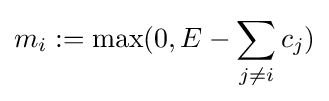
m_{i}:=\max(0,E-\sum _{j\neq i}c_{j})